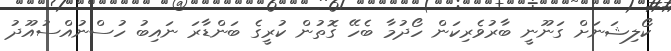
ކޯލިޝަނަށް ގަނޫނީ ބާރުވެރިކަން ހޯދުމާ ބެހޭ ގޮތުން ކުރީގެ ބަންޑާރަ ނައިބު ހުސްނުއްސުއޫދު